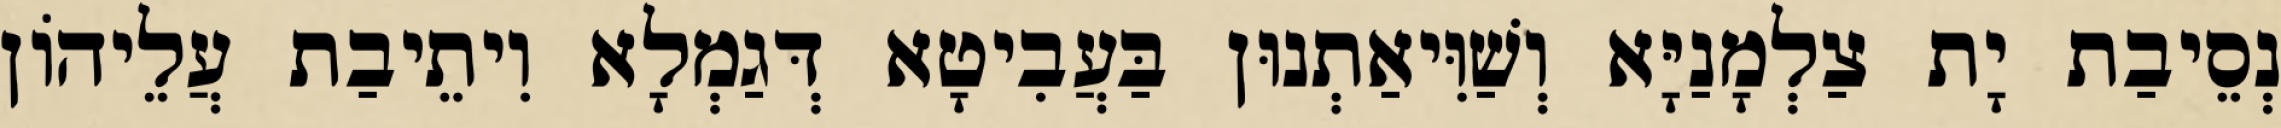
נְסֵיבַת יָת צַלְמָנַיָּא וְשַׁוִּיאַתְנוּן בַּעֲבִיטָא דְּגַמְלָא וִיתֵיבַת עֲלֵיהוֹן